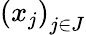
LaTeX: {(x_{j})}_{j\in J}